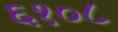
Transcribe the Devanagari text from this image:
६१०८